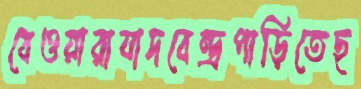
বেওয়ারাযাদবেন্দ্রপাড়িতেছ